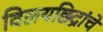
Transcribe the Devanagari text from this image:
विलयछिद्रांचे